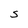
Character: s